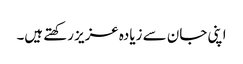
اپنی جان سے زیادہ عزیز رکھتے ہیں۔